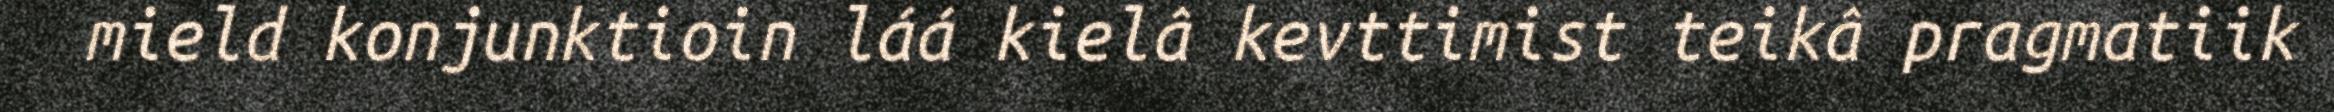
mield konjunktioin láá kielâ kevttimist teikâ pragmatiik